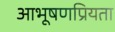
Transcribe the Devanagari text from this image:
आभूषणप्रियता